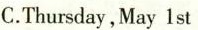
C.Thursday,May 1 st